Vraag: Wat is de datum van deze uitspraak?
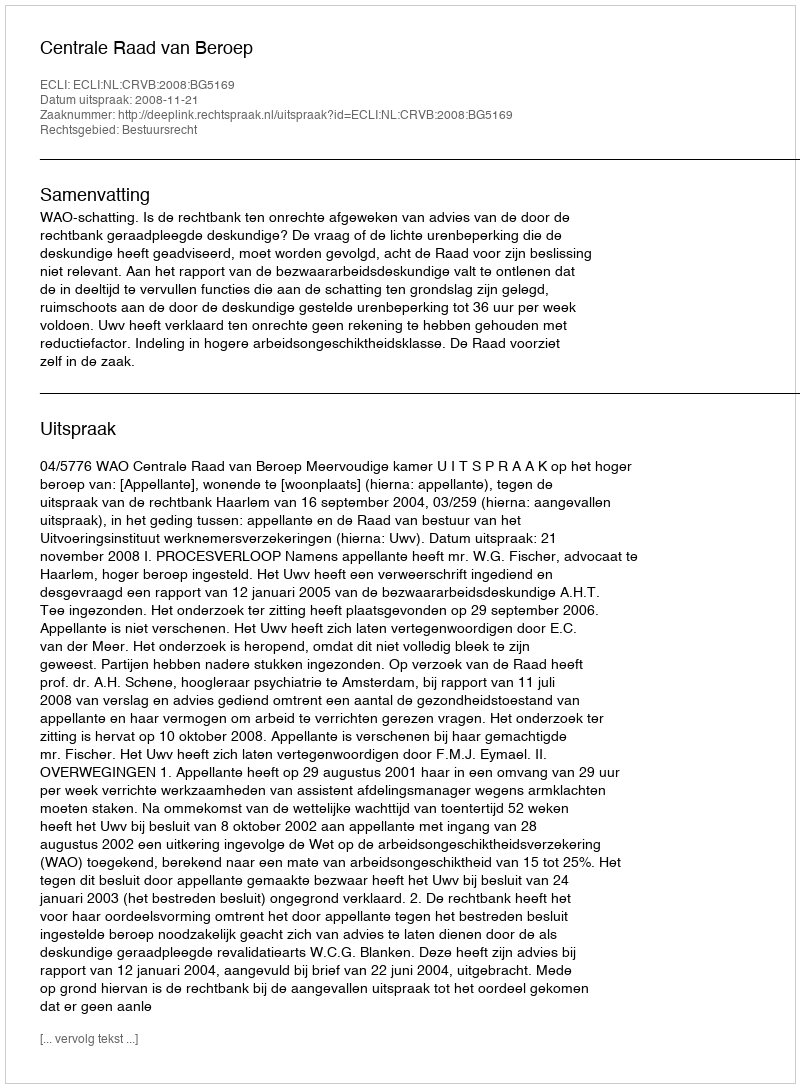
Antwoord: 2008-11-21